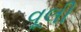
વૂલી